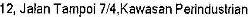
12, JALAN TAMPOI 7/4,KAWASAN PERINDUSTRIAN